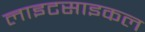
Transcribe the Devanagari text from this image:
लाइटसाइकल